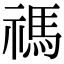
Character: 禡